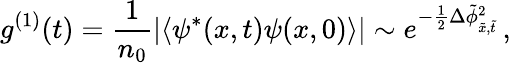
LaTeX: g^{(1)}(t)=\frac{1}{n_{0}}\left|\langle\psi^{*}(x,t)\psi(x,0)\rangle\right|\sim e^{-\frac{1}{2}\Delta\tilde{\phi}_{\tilde{x},\tilde{t}}^{2}}\, ,